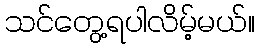
သင်တွေ့ရပါလိမ့်မယ်။